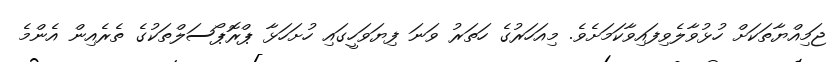
ޖަމިއްޔާތަކަށް ހުޅުވާލެވިފައިވާކަމަށެވެ. މިއަހަރުގެ ހަތަރު ވަނަ ފިޔަވަހީގައި ހުށަހަޅާ ޕްރޮޕޯސަލްތަކުގެ ތެރެއިން އެންމެ